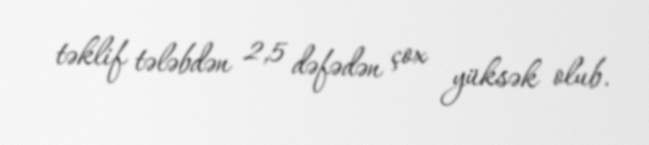
təklif tələbdən 2,5 dəfədən çox yüksək olub.